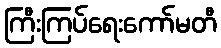
ကြီးကြပ်ရေးကော်မတီ